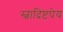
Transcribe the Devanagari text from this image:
स्वादिष्टपेय